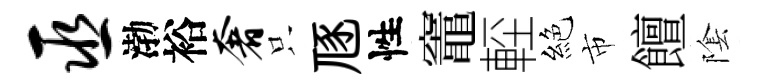
巫渤裕奢只豗性竈䡖絕市饘隂